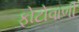
ફોટોવાળી